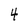
Character: 4